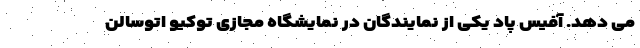
می دهد. آفیس پاد یکی از نمایندگان در نمایشگاه مجازی توکیو اتوسالن